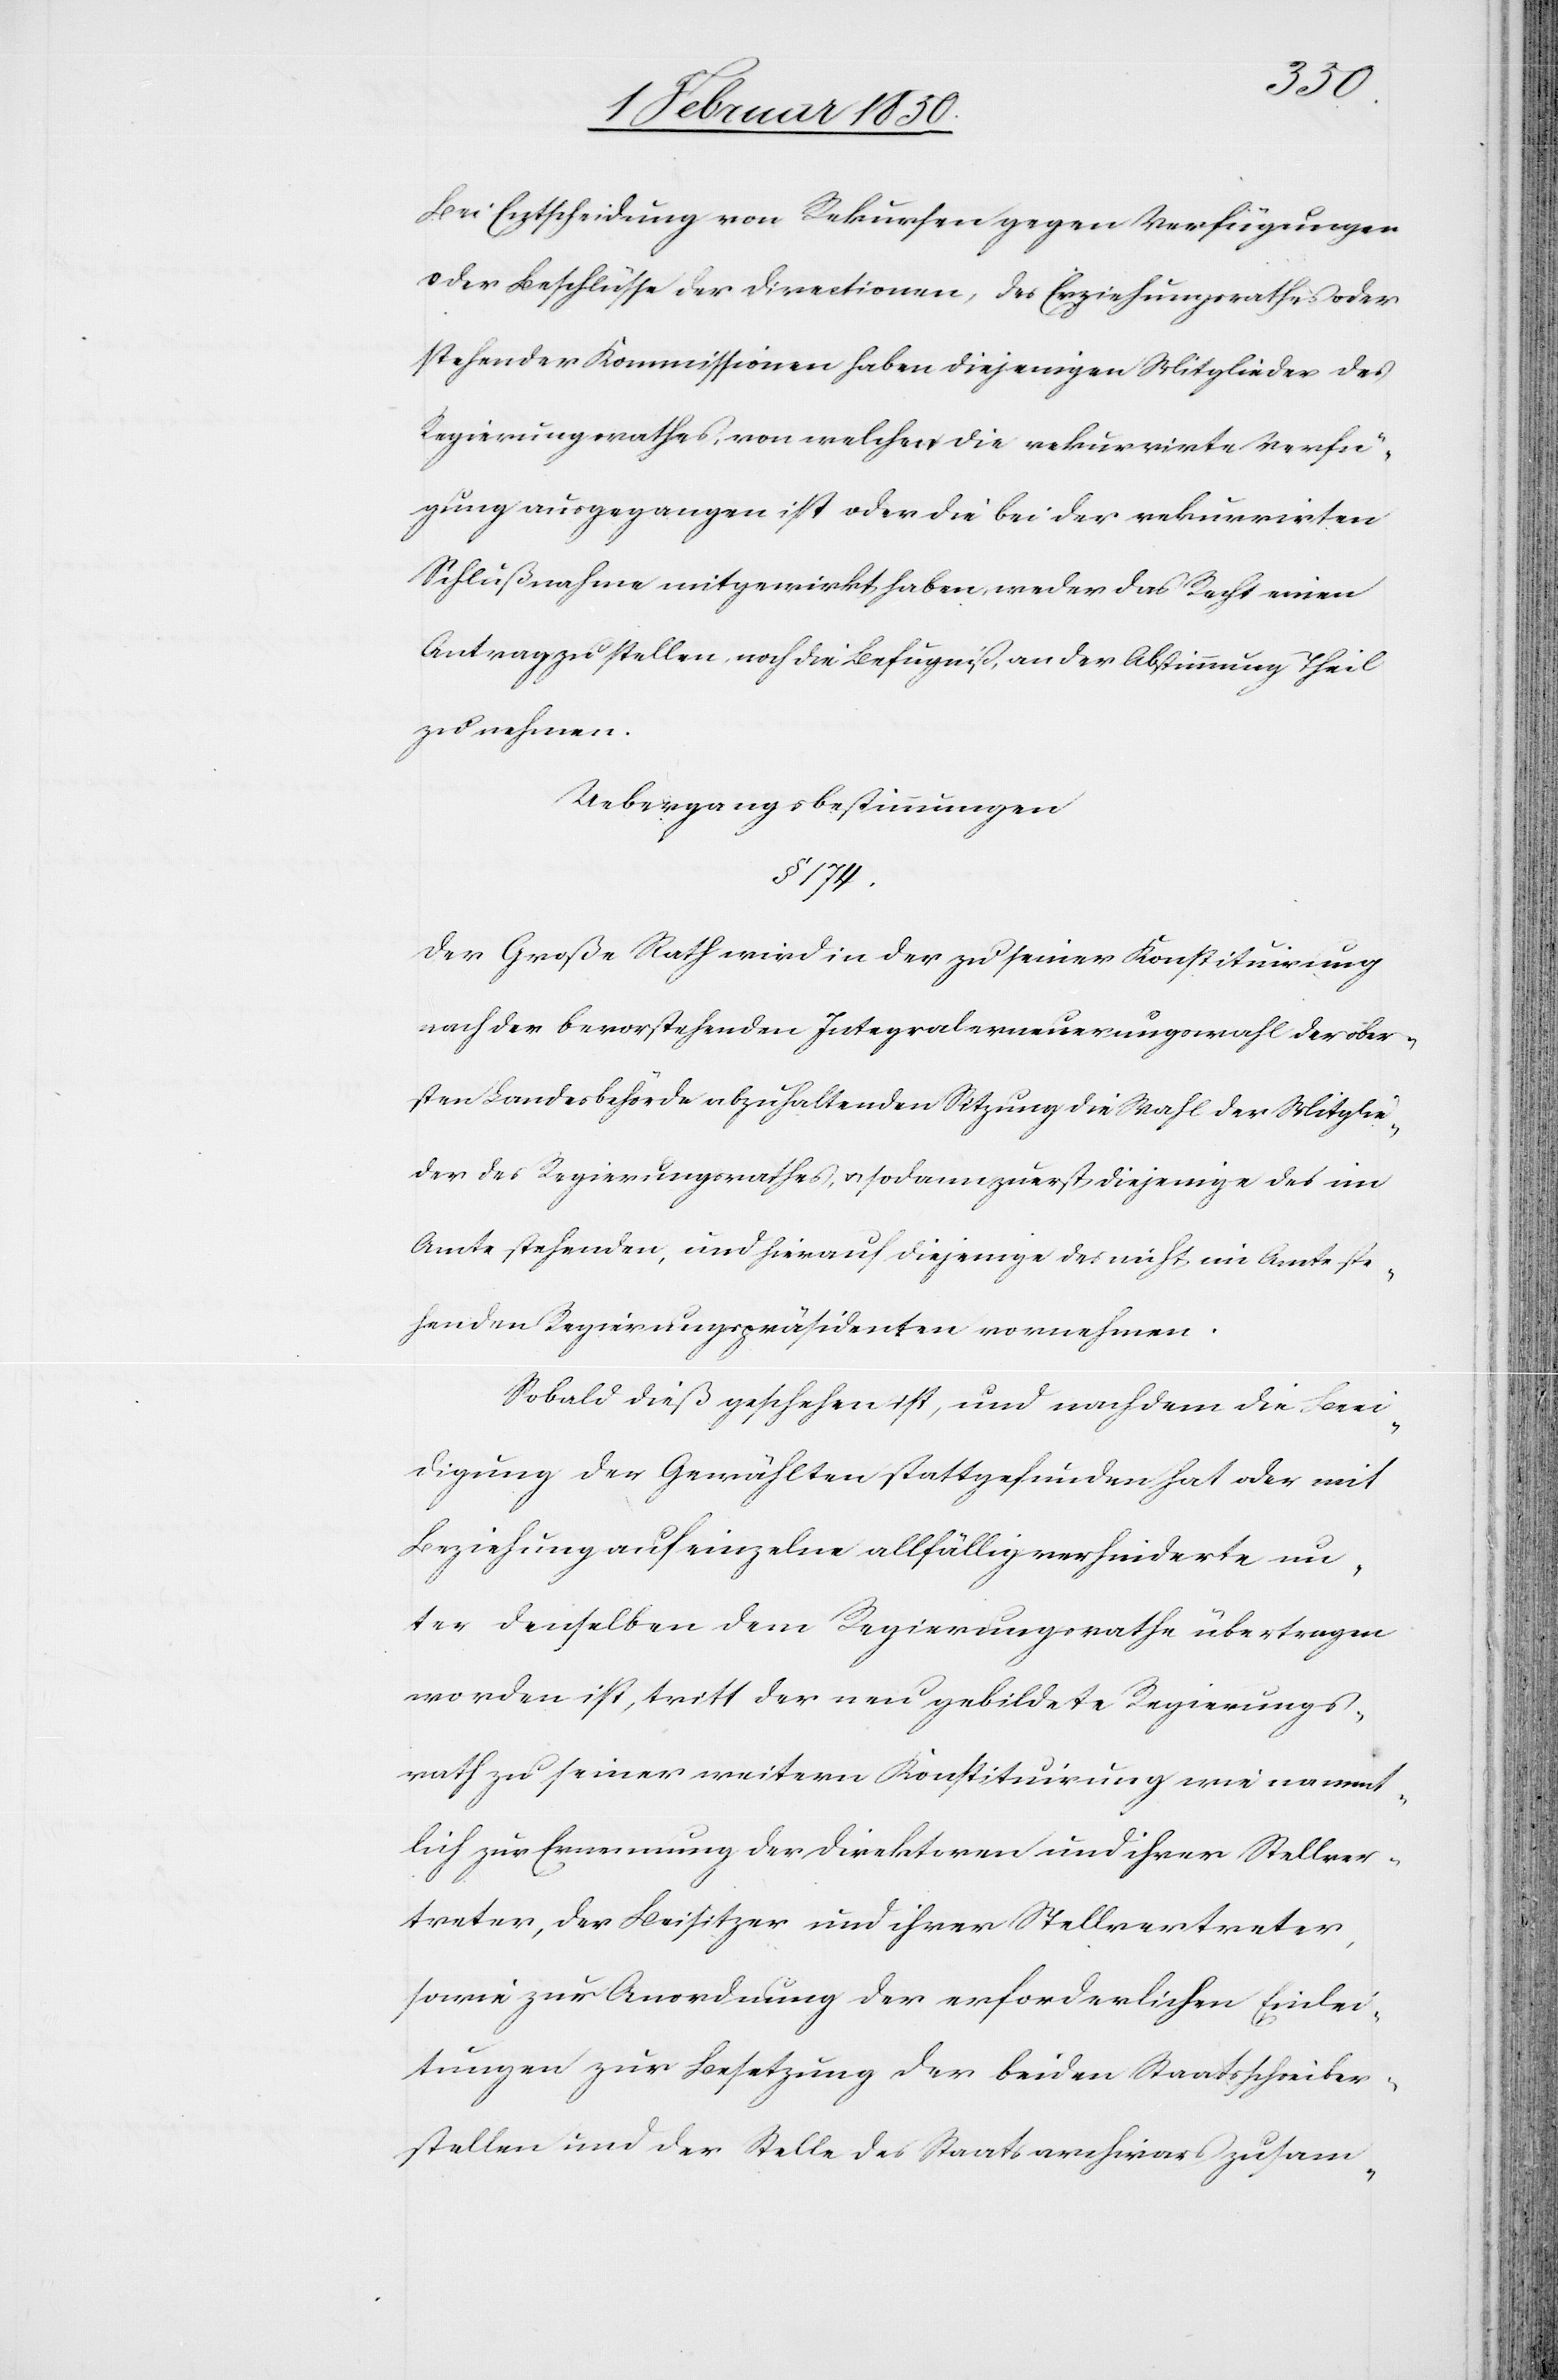
Bei Entscheidung von Rekursen gegen Verfügungen
oder Beschlüsse der Directionen, des Erziehungsrathes oder
stehender Kommissionen haben diejenigen Mitglieder des
Regierungsrathes, von welchen die rekurrirte Verfü¬
gung ausgegangen ist oder die bei der rekurrirten
Schlußnahme mitgewirkt haben, weder das Recht einen
Antrag zu stellen, noch die Befugniß, an der Abstimmung Theil
zu nehmen.
Uebergangsbestimmungen
§. 174.
Der Großer Rath wird in der zu seiner Konstituirung
nach der bevorstehenden Integralerneuerungswahl der ober¬
sten Landesbehörde abzuhaltenden Sitzung die Wahl der Mitglie¬
der des Regierungsrathes, u. sodann zuerst diejenige des im
Amte stehenden, und hierauf diejenige des nicht im Amte ste¬
henden Regierungspräsidenten vornehmen.
Sobald dieß geschehen ist, und nachdem die Beei¬
digung der Gewählten stattgefunden hat oder mit
Beziehung auf einzelne allfällig verhinderte un¬
ter denselben dem Regierungsrathe übertragen
worden ist, tritt der neu gebildete Regierungs¬
rath zu seiner weitern Konstituirung wie nament¬
lich zur Ernennung der Direktoren und ihrer Stellver¬
treter, der Beisitzer und ihrer Stellvertreter,
sowie zur Anordnung der erforderlichen Einlei¬
tungen zur Besetzung der beiden Staatsschreiber¬
stellen und der Stelle des Staatsarchivars zusam-